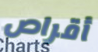
أقراص